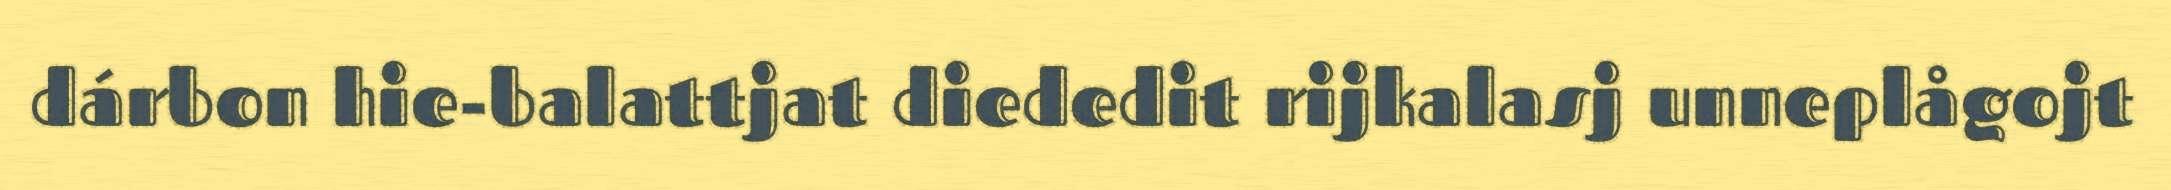
dárbon hie-balattjat diededit rijkalasj unneplågojt